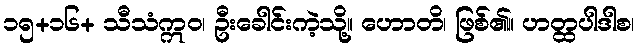
၁၅+၁၆+ သီသံဣဝ၊ ဦးခေါင်းကဲ့သို့။ ဟောတိ၊ ဖြစ်၏။ ဟတ္ထပါဒါစ၊